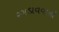
રગડાવવાની